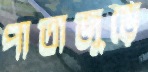
পাতাজুড়ে